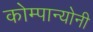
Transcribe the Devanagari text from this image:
कोम्पान्योनी